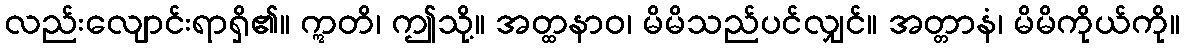
လည်းလျောင်းရာရှိ၏။ ဣတိ၊ ဤသို့။ အတ္ထနာဝ၊ မိမိသည်ပင်လျှင်။ အတ္တာနံ၊ မိမိကိုယ်ကို။